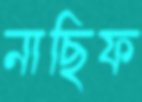
নাছিফ